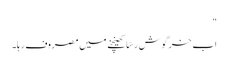
"
اب خرگوش رسّا کھینچنے میں مصروف رہا۔